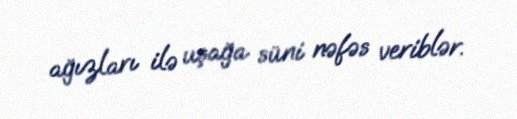
ağızları ilə uşağa süni nəfəs veriblər.